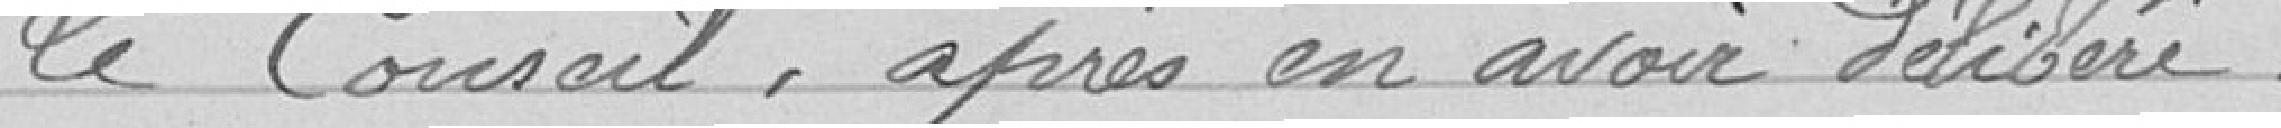
Le Conseil, après en avoir délibéré,